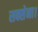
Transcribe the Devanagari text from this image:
सक्सेना।